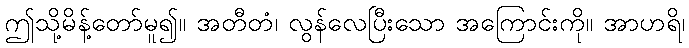
ဤသို့မိန့်တော်မူ၍။ အတီတံ၊ လွန်လေပြီးသော အကြောင်းကို။ အာဟရိ၊